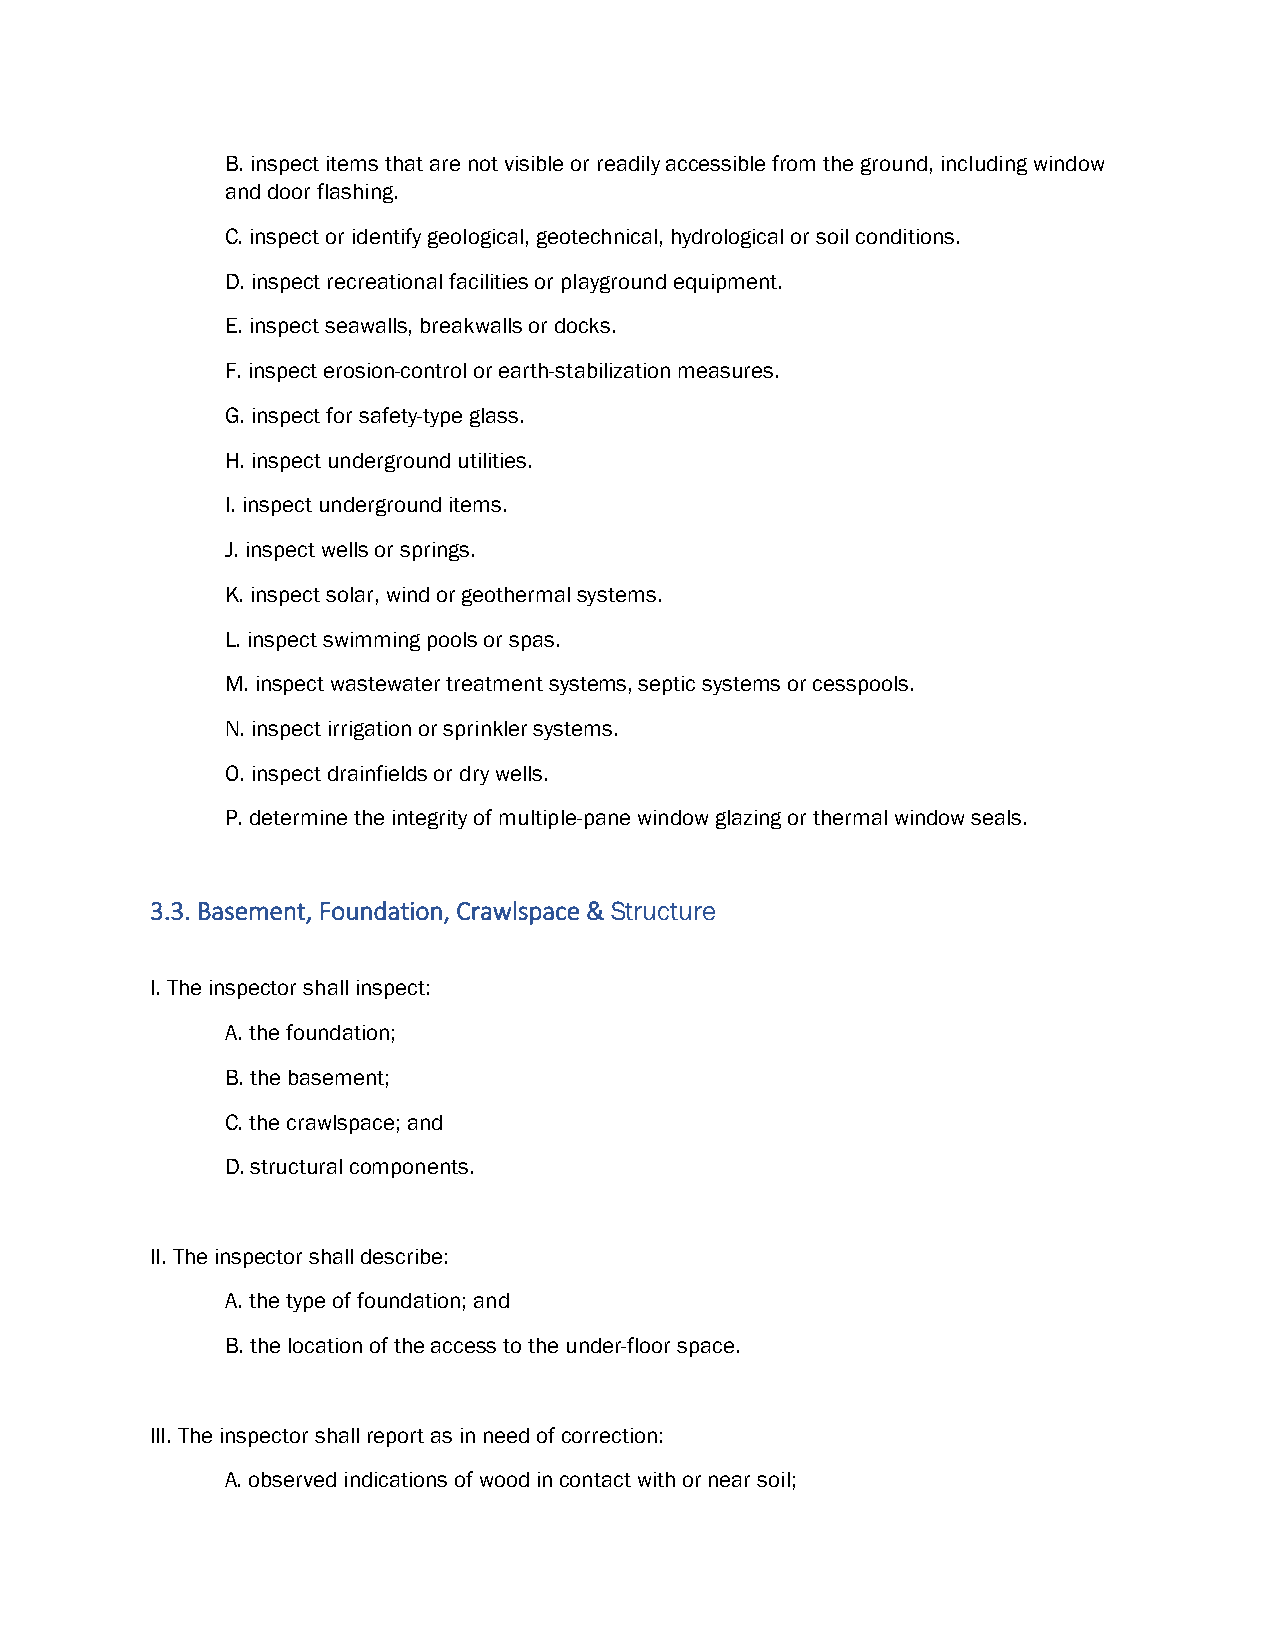
B. inspect items that are not visible or readily accessible from the ground, including window
 and door flashing.
 C. inspect or identify geological, geotechnical, hydrological or soil conditions.
 D. inspect recreational facilities or playground equipment.
 E. inspect seawalls, breakwalls or docks.
 F. inspect erosion-control or earth-stabilization measures.
 G. inspect for safety-type glass.
 H. inspect underground utilities.
 I. inspect underground items.
 J. inspect wells or springs.
 K. inspect solar, wind or geothermal systems.
 L. inspect swimming pools or spas.
 M. inspect wastewater treatment systems, septic systems or cesspools.
 N. inspect irrigation or sprinkler systems.
 O. inspect drainfields or dry wells.
 P. determine the integrity of multiple-pane window glazing or thermal window seals.
 3.3. Basement, Foundation, Crawlspace & Structure
 I. The inspector shall inspect:
 A. the foundation;
 B. the basement;
 C. the crawlspace; and
 D. structural components.
 II. The inspector shall describe:
 A. the type of foundation; and
 B. the location of the access to the under-floor space.
 III. The inspector shall report as in need of correction:
 A. observed indications of wood in contact with or near soil;